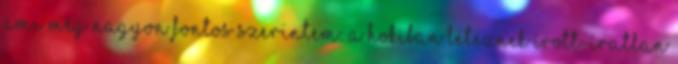
ami még nagyon fontos szerintem: a hokiban léteznek írott-íratlan